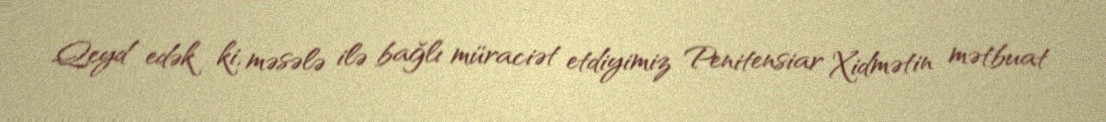
Qeyd edək ki, məsələ ilə bağlı müraciət etdiyimiz Penitensiar Xidmətin mətbuat